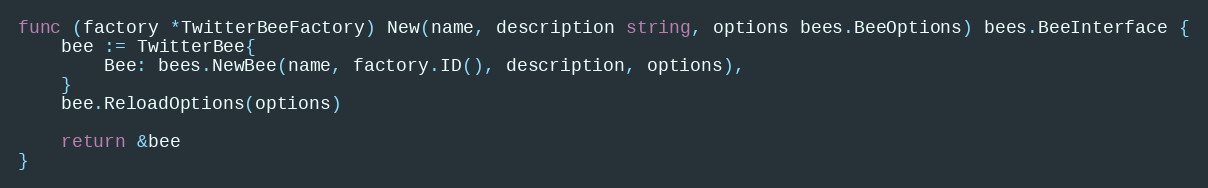
Language: Go
func (factory *TwitterBeeFactory) New(name, description string, options bees.BeeOptions) bees.BeeInterface {
	bee := TwitterBee{
		Bee: bees.NewBee(name, factory.ID(), description, options),
	}
	bee.ReloadOptions(options)

	return &bee
}